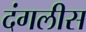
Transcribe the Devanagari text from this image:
दंगलीस